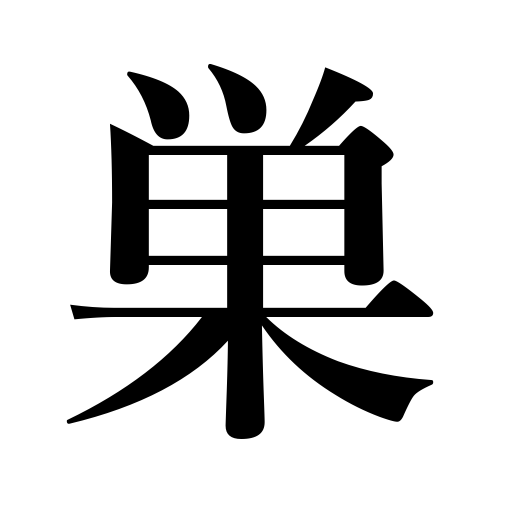
Meanings: cobweb,rookery,nest,den,breeding place,beehive,haunt